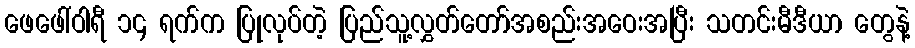
ဖေဖေါ်ဝါရီ ၁၄ ရက်က ပြုလုပ်တဲ့ ပြည်သူ့လွှတ်တော်အစည်းအဝေးအပြီး သတင်းမီဒီယာ တွေနဲ့